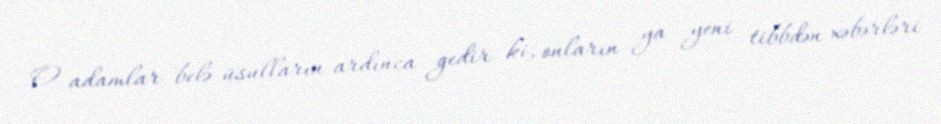
O adamlar belə üsulların ardınca gedir ki, onların ya yeni tibbdən xəbərləri